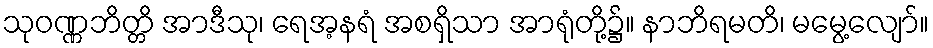
သုဝဏ္ဏဘိတ္တိ အာဒီသု၊ ရေအ့နရံ အစရှိသာ အာရုံတို့၌။ နာဘိရမတိ၊ မမွေ့လျော်။